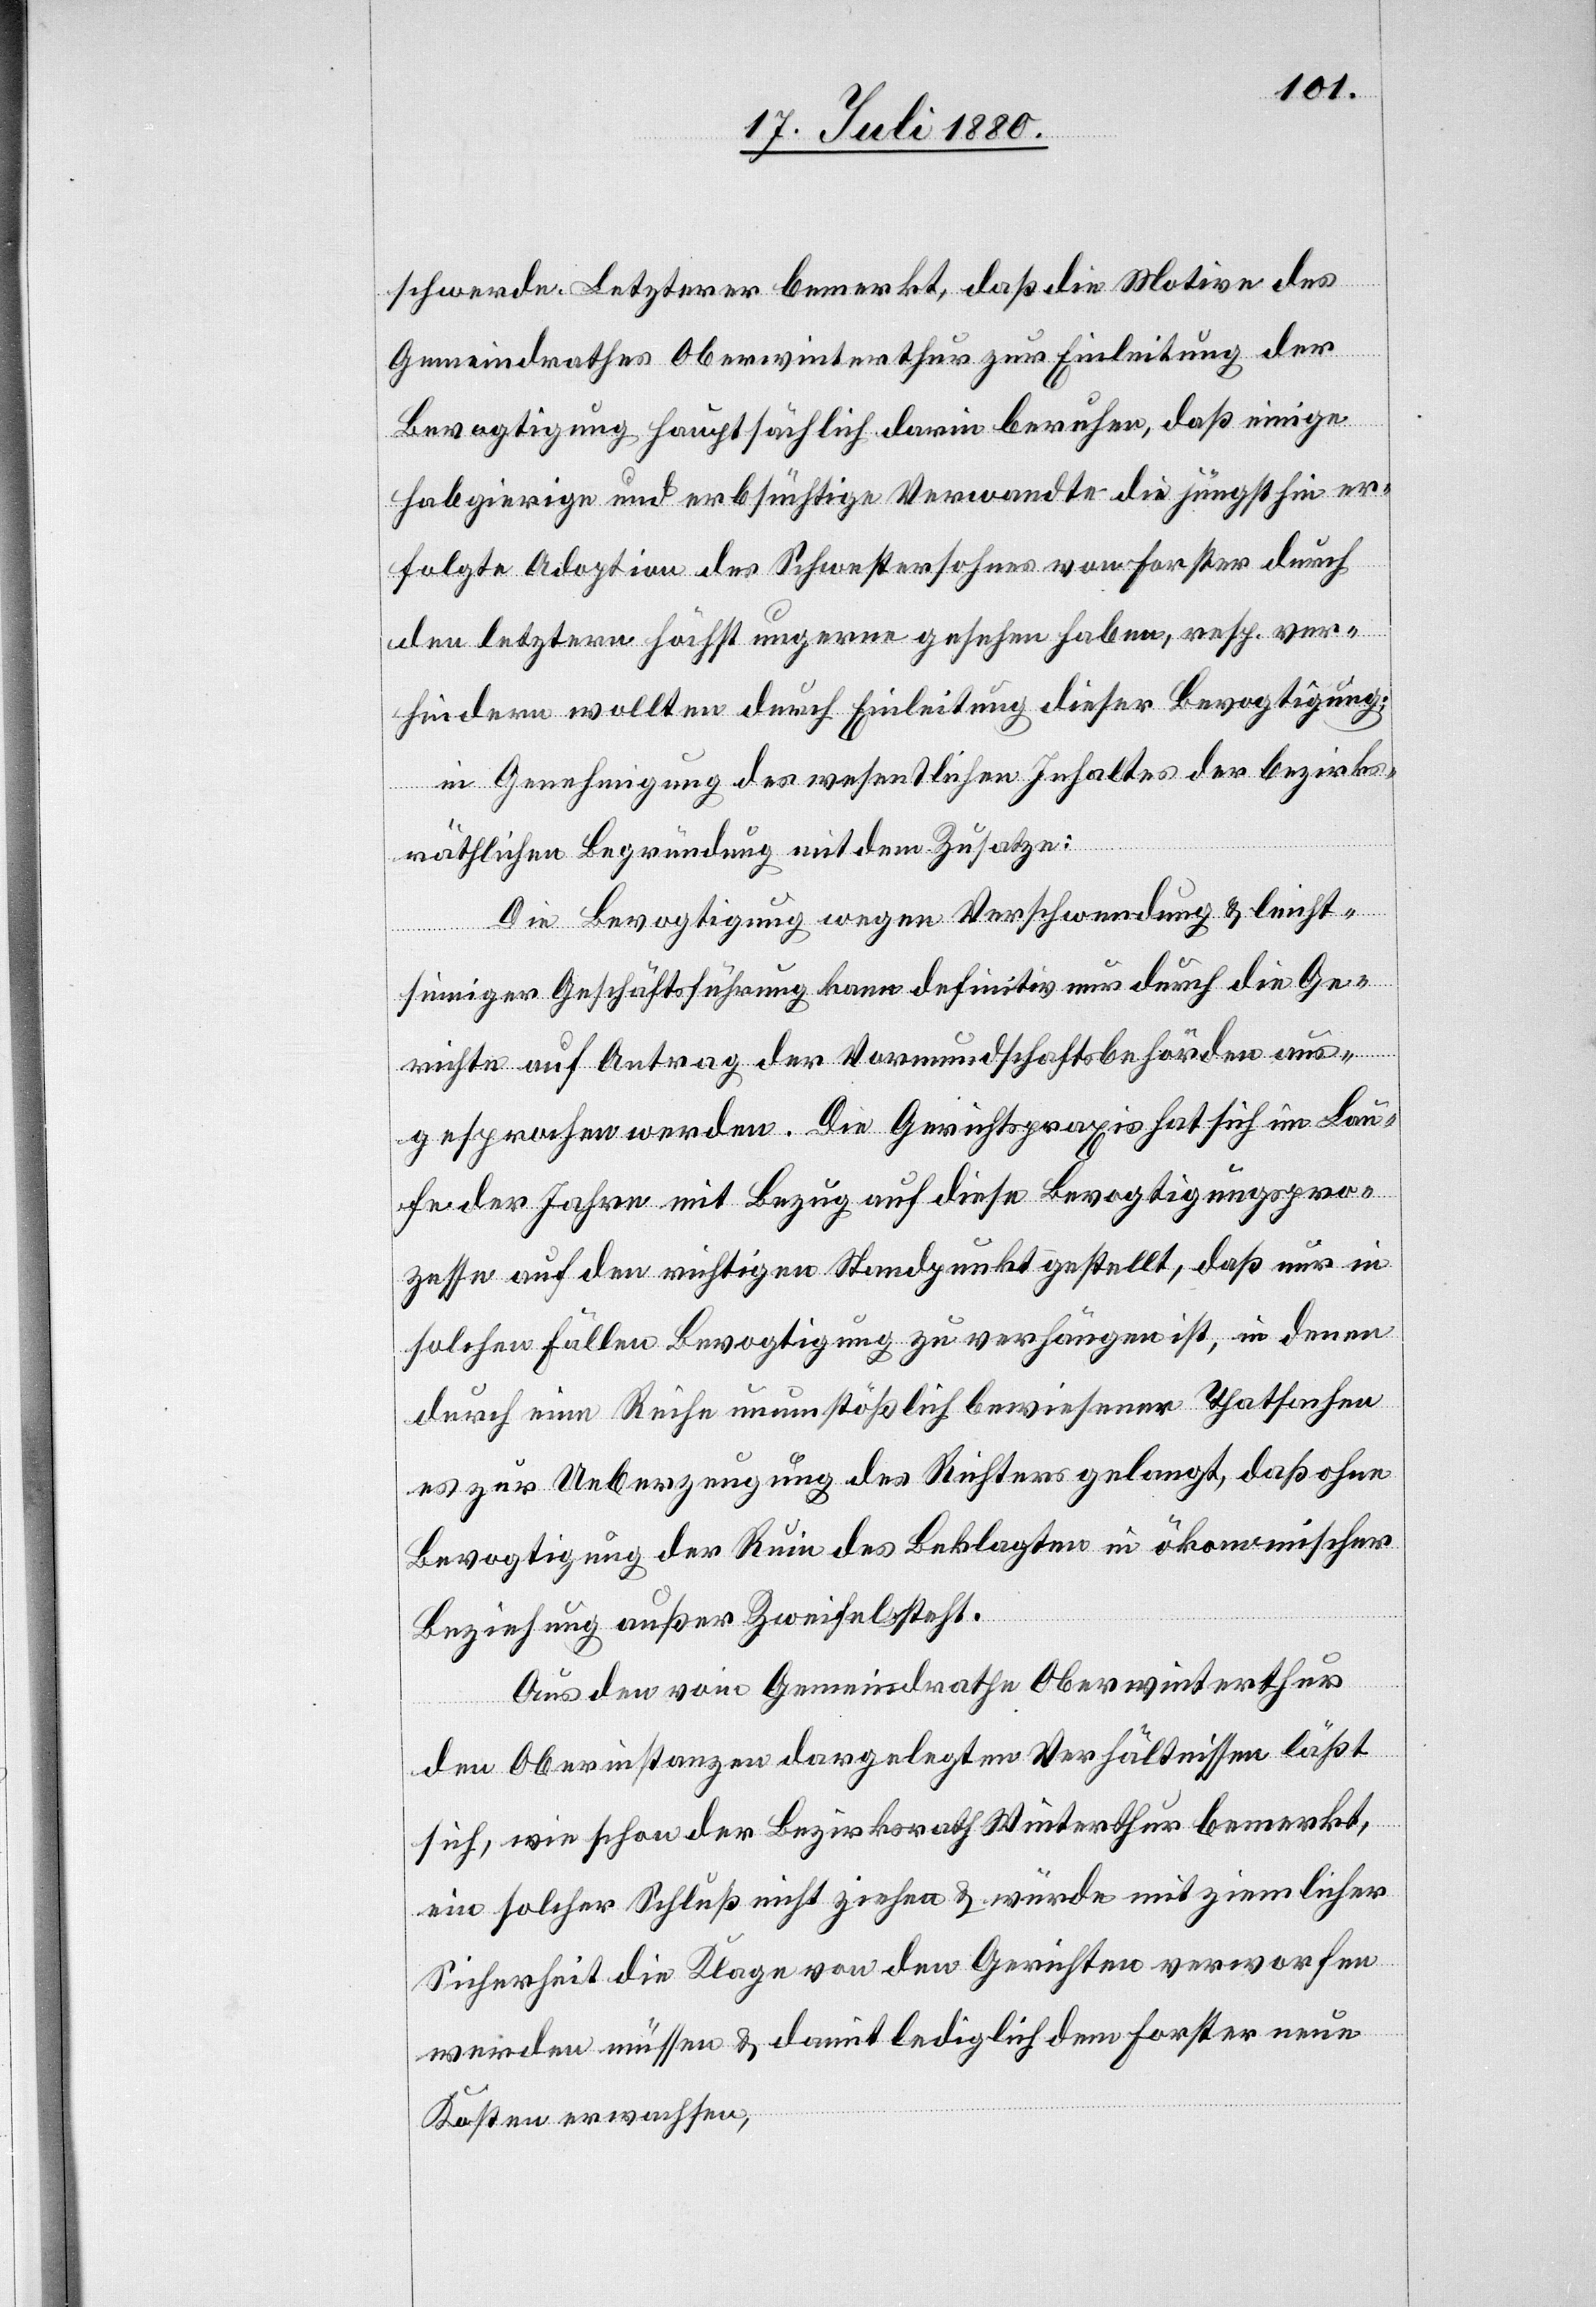
schwerde. Letzterer bemerkt, daß die Motive des
Gemeindrathes Oberwinterthur zur Einleitung der
Bevogtigung hauptsächlich darin beruhe, daß einige
Habgierige und erbsüchtige Verwandte die jüngsthin er¬
folgte Adoption des Schwestersohnes von Forster durch
den letztern höchst ungern gesehen haben, resp. ver¬
hindern wollten durch Einleitung dieser Bevogtigung;
in Genehmigung des wesentlichen Inhaltes der bezirks¬
räthlichen Begründung mit dem Zusatze:
Die Bevogtigung wegen Verschwendung & leicht¬
sinniger Geschäftsführung kann definitiv nur durch die Ge¬
richte auf Antrag der Vormundschaftsbehörden aus¬
gesprochen werden. Die Gerichtspraxis hat sich im Lau¬
fe der Jahre mit Bezug auf diese Bevogtigungspro¬
zesse auf den richtigen Standpunkt gestellt, daß nur in
solchen Fällen Bevogtigung zu verhängen ist, in denen
durch eine Reihe unumstößlich bewiesener Thatsachen
es zur Ueberzeugung des Richters gelangt, daß ohne
Bevogtigung der Ruin des Beklagten in ökonomischer
Beziehung außer Zweifel steht.
Aus den vom Gemeindrathe Oberwinterthur
den Oberinstanzen dargelegten Verhältnissen läßt
sich, wie schon der Bezirksrath Winterthur bemerkt,
ein solcher Schluß nicht ziehen & würde mit ziemlicher
Sicherheit die Klage von den Gerichten verworfen
werden müssen & damit lediglich dem Forster neue
Kosten erwachsen,